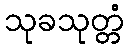
သုခသုတ္တံ